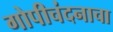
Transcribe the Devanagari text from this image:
गोपीचंदनाचा